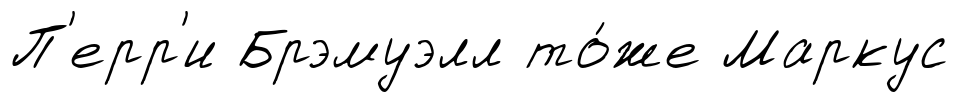
П'ерр'и Брэмуэлл то́же Маркус